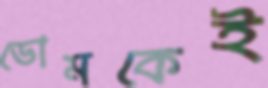
ডোমকেই